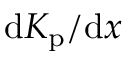
\mathrm { d } K _ { \mathrm { p } } / \mathrm { d } x